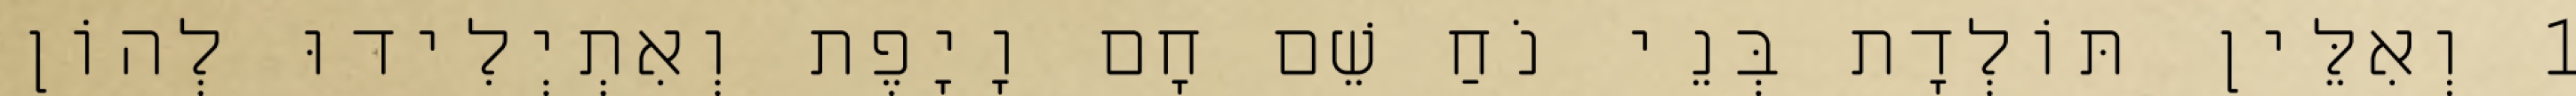
1 וְאִלֵּין תּוֹלְדָת בְּנֵי נֹחַ שֵׁם חָם וָיָפֶת וְאִתְיְלִידוּ לְהוֹן